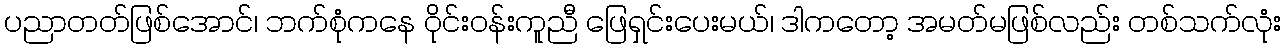
ပညာတတ်ဖြစ်အောင်၊ ဘက်စုံကနေ ဝိုင်းဝန်းကူညီ ဖြေရှင်းပေးမယ်၊ ဒါကတော့ အမတ်မဖြစ်လည်း တစ်သက်လုံး